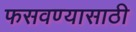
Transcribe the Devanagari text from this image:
फसवण्यासाठी